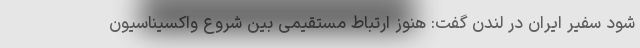
شود سفیر ایران در لندن گفت: هنوز ارتباط مستقیمی بین شروع واکسیناسیون